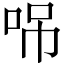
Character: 𠲢